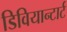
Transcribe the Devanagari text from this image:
डिवियान्टार्ट